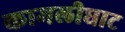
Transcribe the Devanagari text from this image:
कामलीघाट